Civil Veterinary Dept. Assam report 1911-1927 - 1911-1927
Year: 1911
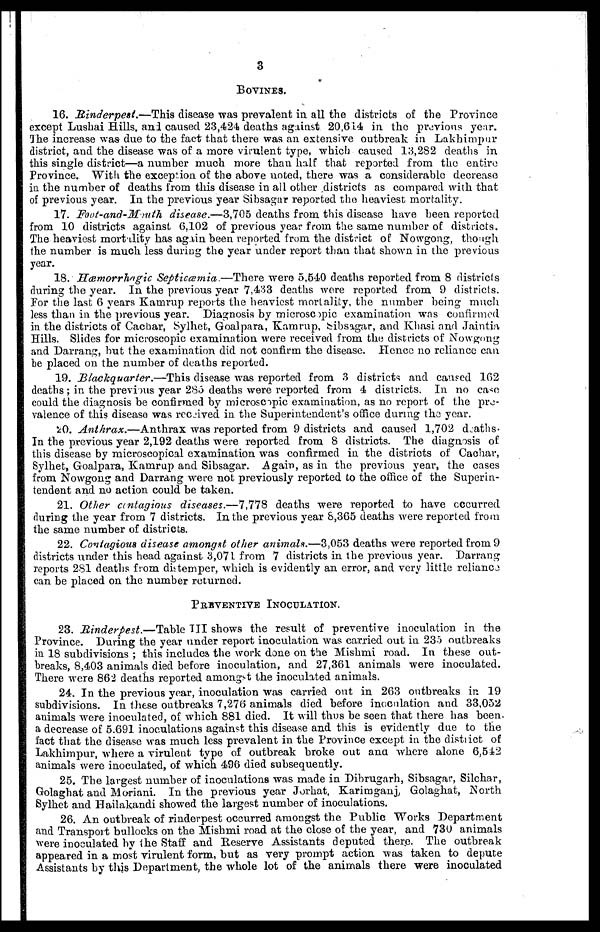
3
BOVINES.
16. Rinderpest.—This disease was prevalent in all the districts of the Province
except Lushai Hills, and caused 23,424 deaths against 20,614 in the previous year.
The increase was due to the fact that there was an extensive outbreak in Lakhimpur
district, and the disease was of a more virulent type, which caused 13,282 deaths in
this single district—a number much more than half that reported from the entire
Province. With the exception of the above uoted, there was a considerable decrease
in the number of deaths from this disease in all other districts as compared with that
of previous year. In the previous year Sibsagar reported the heaviest mortality.
17. Foot-and-Mmth disease.—3,705 deaths from this disease have been reported
from 10 districts against 6,102 of previous year from the same number of districts.
The heaviest mortality has again been reported from the district of Nowgong, though
the number is much less during the year under report than that shown in the previous
year.
18. Hæmorrhngic Septicæmia.—There were 5,640 deaths reported from 8 districts
during the year. In the previous year 7,433 deaths were reported from 9 districts.
For the last 6 years Kamrup reports the heaviest mortality, the number being much
less than in the previous year. Diagnosis by microscopic examination was confirmed
in the districts of Cachar, Sylhet, Goalpara, Kamrup, Sibsagar, and Khasi and Jaintia
Hills. Slides for microscopic examination were received from the districts of Nowgong
and Darrang, but the examination did not confirm the disease. Hence no reliance can
be placed on the number of deaths reported.
19. Blackquarter.—This disease was reported from 3 districts and caused 162
deaths ; in the previous year 285 deaths were reported from 4 districts. In no case
could the diagnosis be confirmed by microscopic examination, as no report of the pro-
valence of this disease was received in the Superintendent's office during the year.
20. Anthrax.—Anthrax was reported from 9 districts and caused 1,702 deaths-
In the previous year 2,192 deaths were reported from 8 districts. The diagnosis of
this disease by microscopical examination was confirmed in the districts of Cachar,
Sylhet, Goalpara, Kamrup and Sibsagar. Again, as in the previous year, the cases
from Nowgong and Darrang were not previously reported to the office of the Superin-
tendent and no action could be taken.
21. Other contagious diseases.—7,778 deaths were reported to have occurred
during the year from 7 districts. In the previous year 8,365 deaths were reported from
the same number of districts.
22. Contagious disease amongst other animals.—3,053 deaths were reported from 9
districts under this head against 3,071 from 7 districts in the previous year. Darrang
reports 281 deaths from distemper, which is evidently an error, and very little reliance
can be placed on the number returned.
PREVENTIVE INOCULATION.
23. Rinderpest.—Table III shows the result of preventive inoculation in the
Province. During the year under report inoculation was carried out in 235 outbreaks
in 18 subdivisions ; this includes the work done on the Mishmi road. In these out-
breaks, 8,403 animals died before inoculation, and 27,361 animals were inoculated.
There were 862 deaths reported amongst the inoculated animals.
24. In the previous year, inoculation was carried out in 263 outbreaks in 19
subdivisions. In these outbreaks 7,276 animals died before inoculation and 33,052
animals were inoculated, of which 881 died. It will thus be seen that there has been
a decrease of 5.691 inoculations against this disease and this is evidently due to the
fact that the disease was much less prevalent in the Province except in the district of
Lakhimpur, where a virulent type of outbreak broke out ana where alone 6,542
animals were inoculated, of which 496 died subsequently.
25. The largest number of inoculations was made in Dibrugarh, Sibsagar, Silchar,
Golaghat and Moriani. In the previous year Jorhat, Karimganj, Golaghat, North
Sylhet and Hailakandi showed the largest number of inoculations.
26. An outbreak of rinderpest occurred amongst the Public Works Department
and Transport bullocks on the Mishmi road at the close of the year, and 730 animals
were inoculated by the Staff and Reserve Assistants deputed there. The outbreak
appeared in a most virulent form, but as very prompt action was taken to depute
Assistants by this Department, the whole lot of the animals there were inoculated